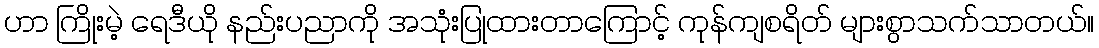
ဟာ ကြိုးမဲ့ ရေဒီယို နည်းပညာကို အသုံးပြုထားတာကြောင့် ကုန်ကျစရိတ် များစွာသက်သာတယ်။